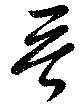
晉